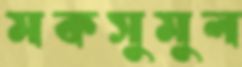
মকসুমুল